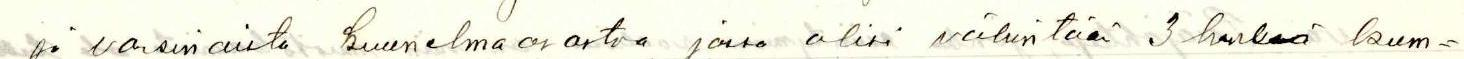
ja varsinaista kuunelmaosastoa, jossa olisi vähintään 3 henkeä kum=